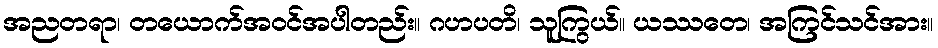
အညတရာ၊ တယောက်အဝင်အပါတည်း။ ဂဟပတိ၊ သူကြွယ်။ ယဿတေ၊ အကြင်သင်အား။